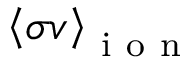
\left< \sigma v \right> _ { \mathrm { ~ i ~ o ~ n ~ } }